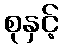
စုနှင့်